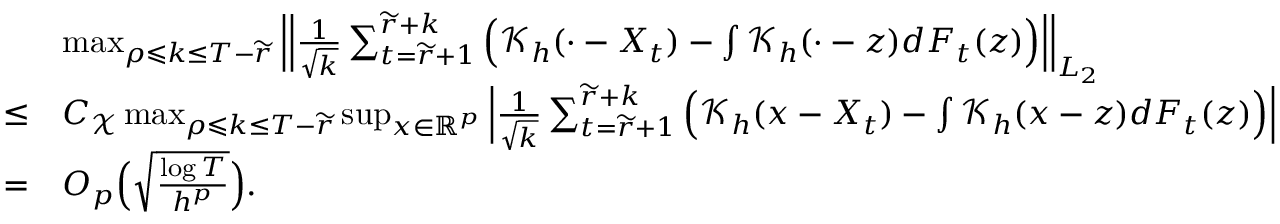
\begin{array} { r l } & { \operatorname* { m a x } _ { \rho \leqslant k \leq T - \widetilde { r } } \Big | \Big | \frac { 1 } { \sqrt { k } } \sum _ { t = \widetilde { r } + 1 } ^ { \widetilde { r } + k } \Big ( \mathcal { K } _ { h } ( \cdot - X _ { t } ) - \int \mathcal { K } _ { h } ( \cdot - z ) d F _ { t } ( z ) \Big ) \Big | \Big | _ { L _ { 2 } } } \\ { \le } & { C _ { \mathcal { X } } \operatorname* { m a x } _ { \rho \leqslant k \leq T - \widetilde { r } } \operatorname* { s u p } _ { x \in \mathbb { R } ^ { p } } \Big | \frac { 1 } { \sqrt { k } } \sum _ { t = \widetilde { r } + 1 } ^ { \widetilde { r } + k } \Big ( \mathcal { K } _ { h } ( x - X _ { t } ) - \int \mathcal { K } _ { h } ( x - z ) d F _ { t } ( z ) \Big ) \Big | } \\ { = } & { O _ { p } \Big ( \sqrt { \frac { \log T } { h ^ { p } } } \Big ) . } \end{array}